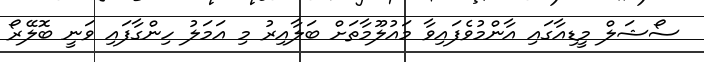
ސޯޝަލް މީޑިއާގައި އާންމުވެފައިވާ މައުލޫމާތަށް ބަލާއިރު މި އަމަލު ހިންގާފައި ވަނީ ބޮލޭރޯ